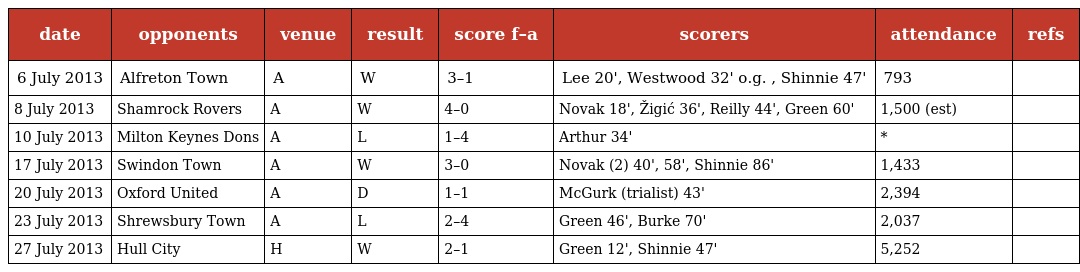
| date | opponents | venue | result | score f–a | scorers | attendance | refs |
 | --- | --- | --- | --- | --- | --- | --- | --- |
 | 6 July 2013 | Alfreton Town | A | W | 3–1 | Lee 20', Westwood 32' o.g. , Shinnie 47' | 793 |  |
 | 8 July 2013 | Shamrock Rovers | A | W | 4–0 | Novak 18', Žigić 36', Reilly 44', Green 60' | 1,500 (est) |  |
 | 10 July 2013 | Milton Keynes Dons | A | L | 1–4 | Arthur 34' | * |  |
 | 17 July 2013 | Swindon Town | A | W | 3–0 | Novak (2) 40', 58', Shinnie 86' | 1,433 |  |
 | 20 July 2013 | Oxford United | A | D | 1–1 | McGurk (trialist) 43' | 2,394 |  |
 | 23 July 2013 | Shrewsbury Town | A | L | 2–4 | Green 46', Burke 70' | 2,037 |  |
 | 27 July 2013 | Hull City | H | W | 2–1 | Green 12', Shinnie 47' | 5,252 |  |